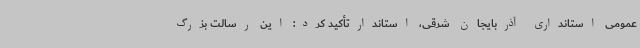
عمومی استانداری آذربایجان شرقی، استاندارتأکید کرد: این رسالت بزرگ